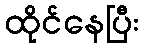
ထိုင်နေပြီး